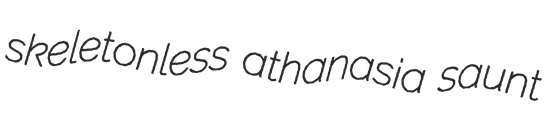
skeletonless athanasia saunt